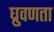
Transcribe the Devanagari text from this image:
घ्रुवणता